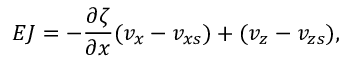
E J = - \frac { \partial \zeta } { \partial x } ( v _ { x } - v _ { x s } ) + ( v _ { z } - v _ { z s } ) ,